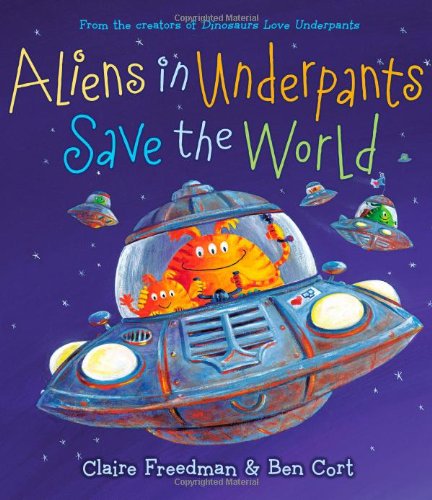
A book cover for Aliens in Underpants Save the World (The Underpants Books); Claire Freedman; Children's Books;